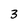
Character: 3